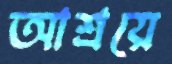
আশ্রয়ে